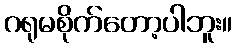
ဂရုမစိုက်တော့ပါဘူး။